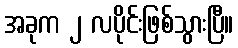
အခုက ၂ လပိုင်းဖြစ်သွားပြီ။